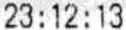
23:12:13